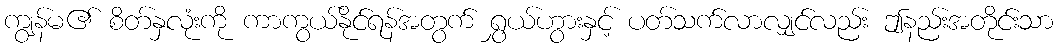
ကျွန်မ၏ စိတ်နှလုံးကို ကာကွယ်နိုင်ရန်အတွက် ရွှယ်ဟွားနှင့် ပတ်သက်လာလျှင်လည်း ဤနည်းအတိုင်းသာ